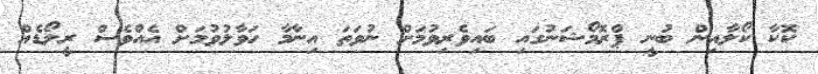
ކޮކާ ކޯލާއިން ބުނީ ޕްރޮމޯޝަނުގައި ބައިވެރިވުމަށް ނުވަތަ އިނާމާ ހަވާލުވުމަށް އެއްވެސް ރީލޯޑެއް